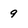
Character: 9